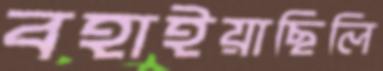
বহাইয়াছিলি